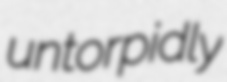
untorpidly